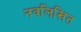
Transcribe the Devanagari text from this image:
नवलिखित